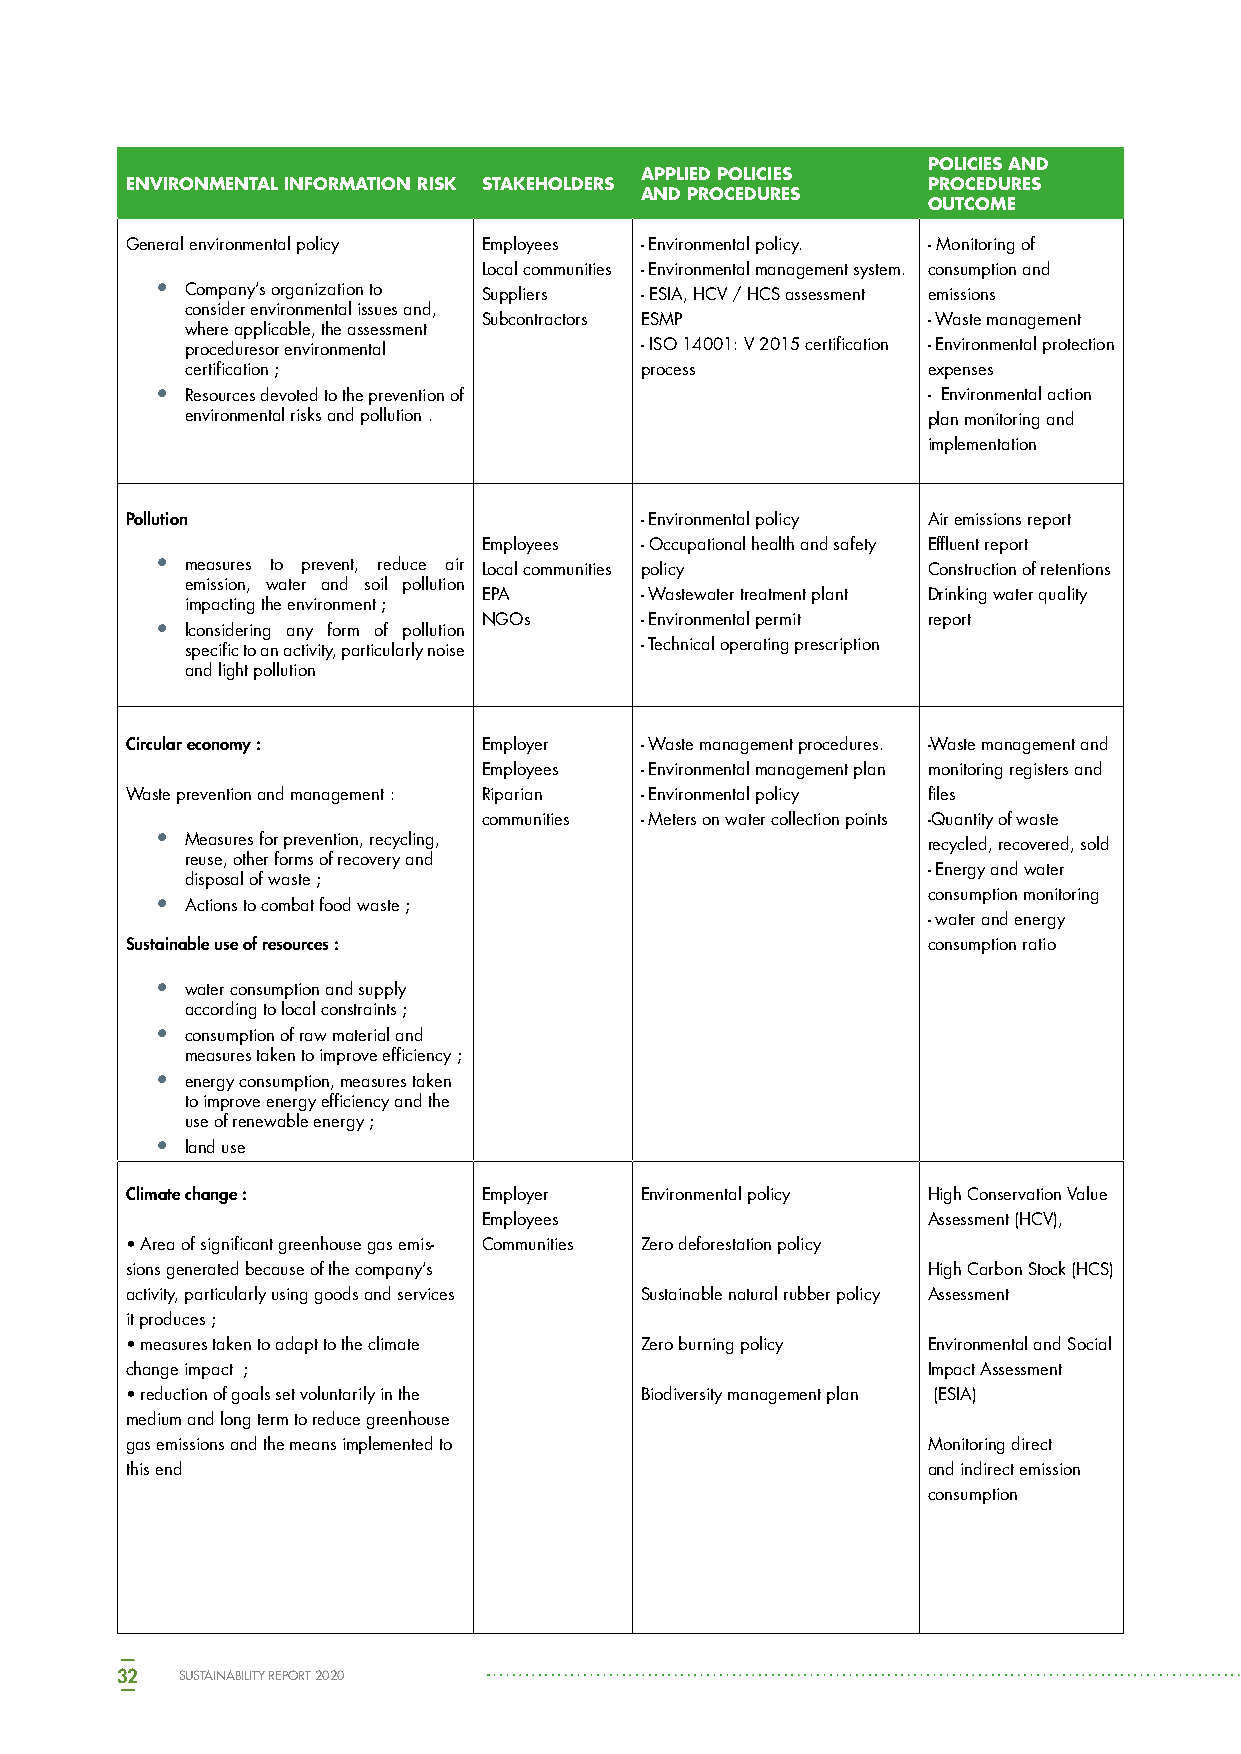
POLICIES AND
 APPLIED POLICIES
 ENVIRONMENTAL INFORMATION RISK STAKEHOLDERS          PROCEDURES
 AND PROCEDURES
 OUTCOME
 General environmental policy Employees - Environmental policy. - Monitoring of
 Local communities - Environmental management system. consumption and
 • Company’s organization to Suppliers - ESIA, HCV / HCS assessment emissions
 consider environmental issues and,
 Subcontractors ESMP          - Waste management
 where applicable, the assessment
 proceduresor environmental    - ISO 14001: V 2015 certification - Environmental protection
 certification ;               process            expenses
 • Resources devoted to the prevention of           - Environmental action
 environmental risks and pollution .              plan monitoring and
 implementation
 Pollution                         - Environmental policy Air emissions report
 Employees - Occupational health and safety Effluent report
 • measures to prevent, reduce air Local communities policy Construction of retentions
 emission, water and soil pollution
 EPA       - Wastewater treatment plant Drinking water quality
 impacting the environment ;
 NGOs      - Environmental permit report
 • lconsidering any form of pollution
 specific to an activity, particularly noise - Technical operating prescription
 and light pollution
 Circular economy :      Employer  - Waste management procedures. -Waste management and
 Employees - Environmental management plan monitoring registers and
 Waste prevention and management : Riparian - Environmental policy files
 communities - Meters on water collection points -Quantity of waste
 • Measures for prevention, recycling,              recycled, recovered, sold
 reuse, other forms of recovery and
 - Energy and water
 disposal of waste ;
 consumption monitoring
 • Actions to combat food waste ;
 - water and energy
 Sustainable use of resources :                       consumption ratio
 • water consumption and supply
 according to local constraints ;
 • consumption of raw material and
 measures taken to improve efficiency ;
 • energy consumption, measures taken
 to improve energy efficiency and the
 use of renewable energy ;
 • land use
 Climate change :        Employer  Environmental policy High Conservation Value
 Employees                    Assessment (HCV),
 • Area of significant greenhouse gas emis- Communities Zero deforestation policy
 sions generated because of the company’s             High Carbon Stock (HCS)
 activity, particularly using goods and services Sustainable natural rubber policy Assessment
 it produces ;
 • measures taken to adapt to the climate Zero burning policy Environmental and Social
 change impact ;                                      Impact Assessment
 • reduction of goals set voluntarily in the Biodiversity management plan (ESIA)
 medium and long term to reduce greenhouse
 gas emissions and the means implemented to           Monitoring direct
 this end                                             and indirect emission
 consumption
 32  SUSTAINABILITY REPORT 2020